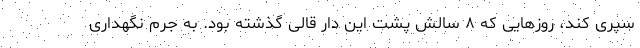
سپری کند، روزهایی که ۸ سالش پشت این دار قالی گذشته بود. به جرم نگهداری